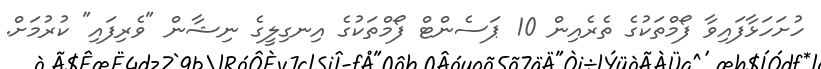
ހުށަހަޅާފައިވާ ފޯމްތަކުގެ ތެރެއިން 10 ޕަސެންޓް ފޯމްތަކުގެ އިނގިލީގެ ނިޝާން "ވެރިފައި" ކުރުމަށް.